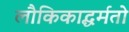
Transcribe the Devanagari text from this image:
लौकिकाद्धर्मतो